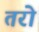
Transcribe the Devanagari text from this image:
तरो